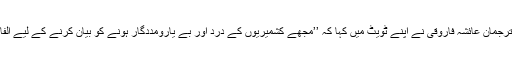
دفتر خارجہ کی ترجمان عائشہ فاروقی نے اپنے ٹویٹ میں کہا کہ ’’مجھے کشمیریوں کے درد اور بے یارومددگار ہونے کو بیان کرنے کے لیے الفاظ نہیں مل رہے۔